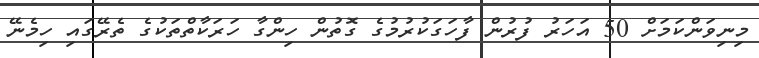
މިނިވަންކަމަށް 50 އަހަރު ފުރުން ފާހަގަކުރުމުގެ ގޮތުން ހިންގާ ހަރަކާތްތަކުގެ ތެރޭގައި ހިމެނޭ